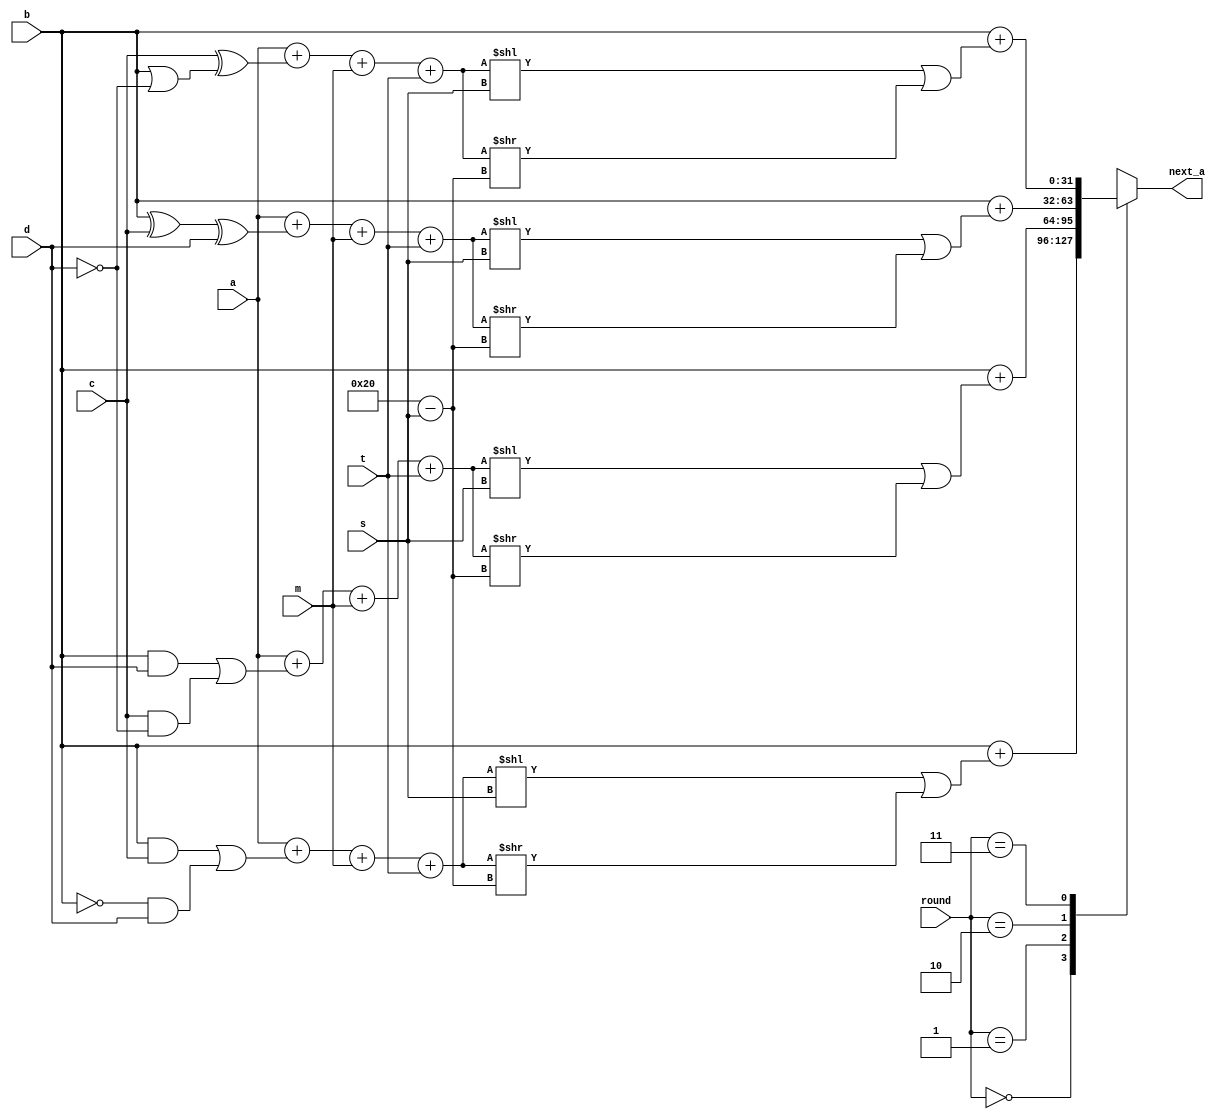
/*****************************************************************
 Pancham is an MD5 compliant IP core for cryptographic applicati
 -ons. 
 Copyright (C) 2003  Swapnajit Mittra, Project VeriPage
 (Contact email: verilog_tutorial at hotmail.com
  Website      : http://www.angelfire.com/ca/verilog)
 
 This library is free software; you can redistribute it and/or
 modify it under the terms of the GNU Lesser General Public
 License as published by the Free Software Foundation; either
 version 2.1 of the License, or (at your option) any later version.
 
 This library is distributed in the hope that it will be useful,
 but WITHOUT ANY WARRANTY; without even the implied warranty of
 MERCHANTABILITY or FITNESS FOR A PARTICULAR PURPOSE.  See the GNU
 Lesser General Public License for more details.
 
 You should have received a copy of the GNU Lesser General Public
 License along with this library; if not, write to the 
 
 Free Software Foundation, Inc.
 59 Temple Place, Suite 330
 Boston, MA  02111-1307 
 USA
 ******************************************************************/
/*
 * pancham_round performs the rounds 1-4 of the MD5 algorithm 
 * described in RFC1321 for a 128-bit long input message. 
 * 
 * Inputs: [abcd m[k] s abs(sin(2*pi*t/64))] as described 
 *         in RFC1321.Also the round number (1-4).
 * 
 * Outputs: the modified 'a' value as describes in RFC1321
 *         on the left hand side of the round #n equation.
 * 
 */

`define ROUND1 2'b00
`define ROUND2 2'b01
`define ROUND3 2'b10
`define ROUND4 2'b11

module pancham_round (
           a
           , b
           , c
           , d
           , m
           , s
           , t
           , round

           , next_a
       );

input  [31:0] a;
input  [31:0] b;
input  [31:0] c;
input  [31:0] d;
input  [31:0] m;          // Note that for a 128-bit long input message, X[k] = M[k] = m
input  [31:0] s;
input  [31:0] t;          // t-th sample of abs(sin(i)), i = 1, 2, ..., 64
input   [1:0] round;      // round number (1-4).

output [31:0] next_a;

wire  [31:0] a;         //
wire  [31:0] b;
wire  [31:0] c;
wire  [31:0] d;
wire  [31:0] m;
wire  [31:0] s;
wire  [31:0] t;
wire   [1:0] round;

reg   [31:0] next_a;

reg   [31:0] add_result;
reg   [31:0] rotate_result1;
reg   [31:0] rotate_result2;

always @(a
             or    b
             or    c
             or    d
             or    m
             or    s
             or    t
             or    round)
    begin // {
        case (round)
            `ROUND1:
                begin // {
                    add_result = (a + F(b,c,d) + m + t);
                    rotate_result1 = add_result << s;
                    rotate_result2 = add_result >> (32-s);
                    next_a = b + (rotate_result1 | rotate_result2);
                end // }
            `ROUND2:
                begin // {
                    add_result = (a + G(b,c,d) + m + t);
                    rotate_result1 = add_result << s;
                    rotate_result2 = add_result >> (32-s);
                    next_a = b + (rotate_result1 | rotate_result2);
                end // }
            `ROUND3:
                begin // {
                    add_result = (a + H(b,c,d) + m + t);
                    rotate_result1 = add_result << s;
                    rotate_result2 = add_result >> (32-s);
                    next_a = b + (rotate_result1 | rotate_result2);
                end // }
            `ROUND4:
                begin // {
                    add_result = (a + I(b,c,d) + m + t);
                    rotate_result1 = add_result << s;
                    rotate_result2 = add_result >> (32-s);
                    next_a = b + (rotate_result1 | rotate_result2);
                end // }
        endcase
    end // }

//--------------------------------
//
// Function declarations
//
//--------------------------------
// Step 4 functions F, G, H and I
function [31:0] F;
    input [31:0] x, y, z;
    begin // {
        F = (x&y)|((~x)&z);
    end // }
endfunction // }

function [31:0] G;
    input [31:0] x, y, z;
    begin // {
        G = (x&z)|(y&(~z));
    end // }
endfunction

function [31:0] H;
    input [31:0] x, y, z;
    begin // {
        H = (x^y^z);
    end // }
endfunction

function [31:0] I;
    input [31:0] x, y, z;
    begin // {
        I = (y^(x|(~z)));
    end // }
endfunction

endmodule